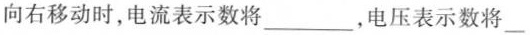
向右移动时，电流表示数将___，电压表示数将___